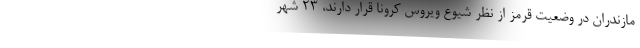
مازندران در وضعیت قرمز از نظر شیوع ویروس کرونا قرار دارند، ۲۳ شهر